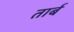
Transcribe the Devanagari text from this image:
तार्ब